Sanitation, dispensaries and jails vaccination Rajputana 1922-1927 - 1922-1927
Year: 1922
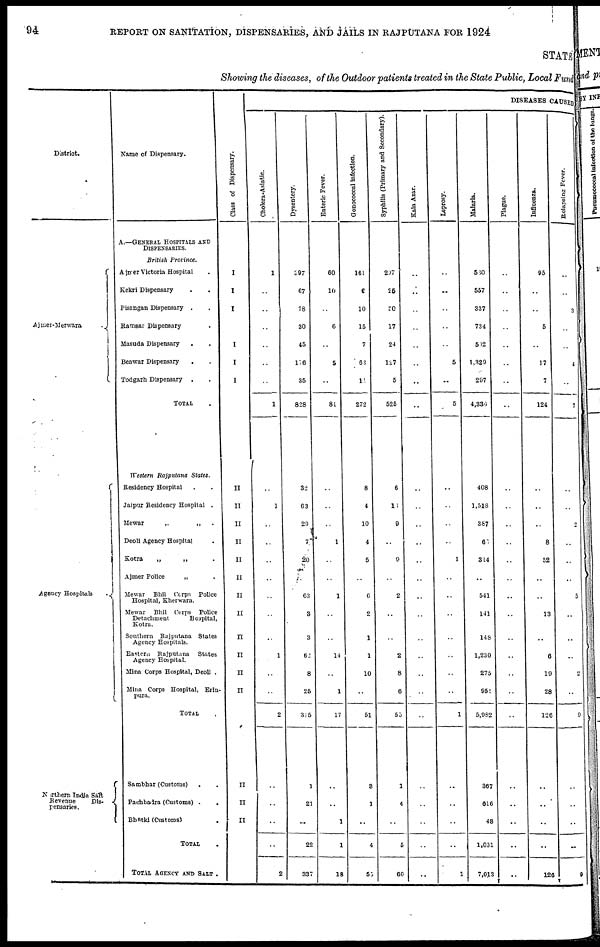
94
REPORT ON SANITATION, DISPENSARIES, AND JAILS IN RAJPUTANA FOR 1924
STATE
Showing the diseases, of the Outdoor patients treated in the State Public, Local Fund
District.
Ajmer-Merwara
.
Agency Hospitals
.
Northern India Salt
Revenue
Dis-
pensaries.
Name of Dispensary.
A.—GENERAL HOSPITALS AND
DISPENSARIES.
British Province.
Ajmer Victoria Hospital .
Kekri Dispensary ..
Pisangan Dispensary ..
Ramsar Dispensary .
Masuda Dispensary
..
Beawar Dispensary ..
Todgarh Dispensary ..
TOTAL .
Western Rajputana States.
Residency Hospital ..
Jaipur Residency Hospital .
Mewar
„
„ .
Deoli Agency Hospital .
Kotra
„
„ .
Ajmer Police
„ .
Mewar Bhil Corps Police
Hospital, Kherwara.
Mewar Bhil Corps Police
Detachment
Hospital,
Kotra.
Southern Rajputana States
Agency Hospitals.
Eastern Rajputana States
Agency Hospital.
Mina Corps Hospital, Deoli .
Mina Corps Hospital, Erin-
pura.
TOTAL .
Sambhar (Customs) ..
Pachbaira (Customs) ..
Bhatki (Customs) .
TOTAL
.
TOTAL AGENCY AND SALT .
Class of Dispensary.
I
I
I
I
I
I
II
II
II
II
II
II
II
II
II
II
II
II
II
II
II
DISEASES CAUSED
Cholera-Asiatic.
1
..
..
..
..
..
..
1
..
1
..
..
..
..
..
..
..
1
..
..
2
..
..
..
..
2
Dysentery.
397
67
78
30
45
176
35
828
32
63
29
7
20
..
63
3
3
62
8
25
315
1
21
..
22
337
Enteric Fever.
60
16
..
6
..
5
..
81
..
..
..
1
..
..
1
..
..
14
..
1
17
..
..
1
1
18
Gonococcal infection.
161
6
10
15
7
63
11
272
8
4
10
4
5
..
6
2
1
1
10
..
51
8
1
..
4
55
Syphilis (Primary and Secondary).
297
25
20
17
24
127
5
525
6
10
9
..
9
..
2
..
..
2
8
6
55
1
4
..
5
60
Kala Azar.
..
..
..
..
..
..
..
..
..
..
..
..
..
..
..
..
..
..
..
..
..
..
..
..
..
..
Leprosy.
..
..
..
..
..
5
..
5
..
..
..
..
1
..
..
..
..
..
..
..
1
..
..
..
..
1
Malaria.
580
557
337
734
502
1,329
297
4,336
408
1,518
387
60
314
..
541
141
148
1,230
275
951
5,982
387
616
48
1,031
7,013
Plague.
..
..
..
..
..
..
..
..
..
..
..
..
..
..
..
..
..
..
..
..
..
..
..
..
..
..
Influenza.
95
..
..
5
..
17
7
124
..
..
..
8
52
..
..
13
..
6
19
28
126
..
..
..
..
126
Relapsing Fever.
..
..
3
..
..
4
..
7
..
..
2
..
..
..
5
..
..
..
2
..
9
..
..
..
..
9